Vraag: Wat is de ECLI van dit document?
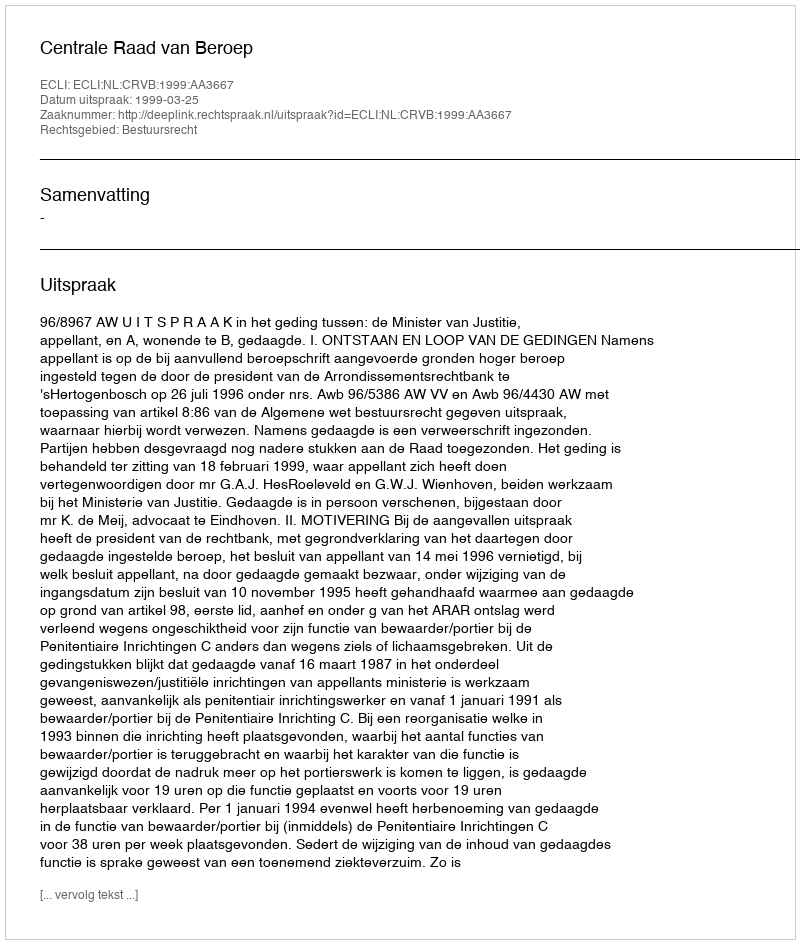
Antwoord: ECLI:NL:CRVB:1999:AA3667